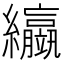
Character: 䌱